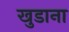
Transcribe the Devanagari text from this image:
खुडाना